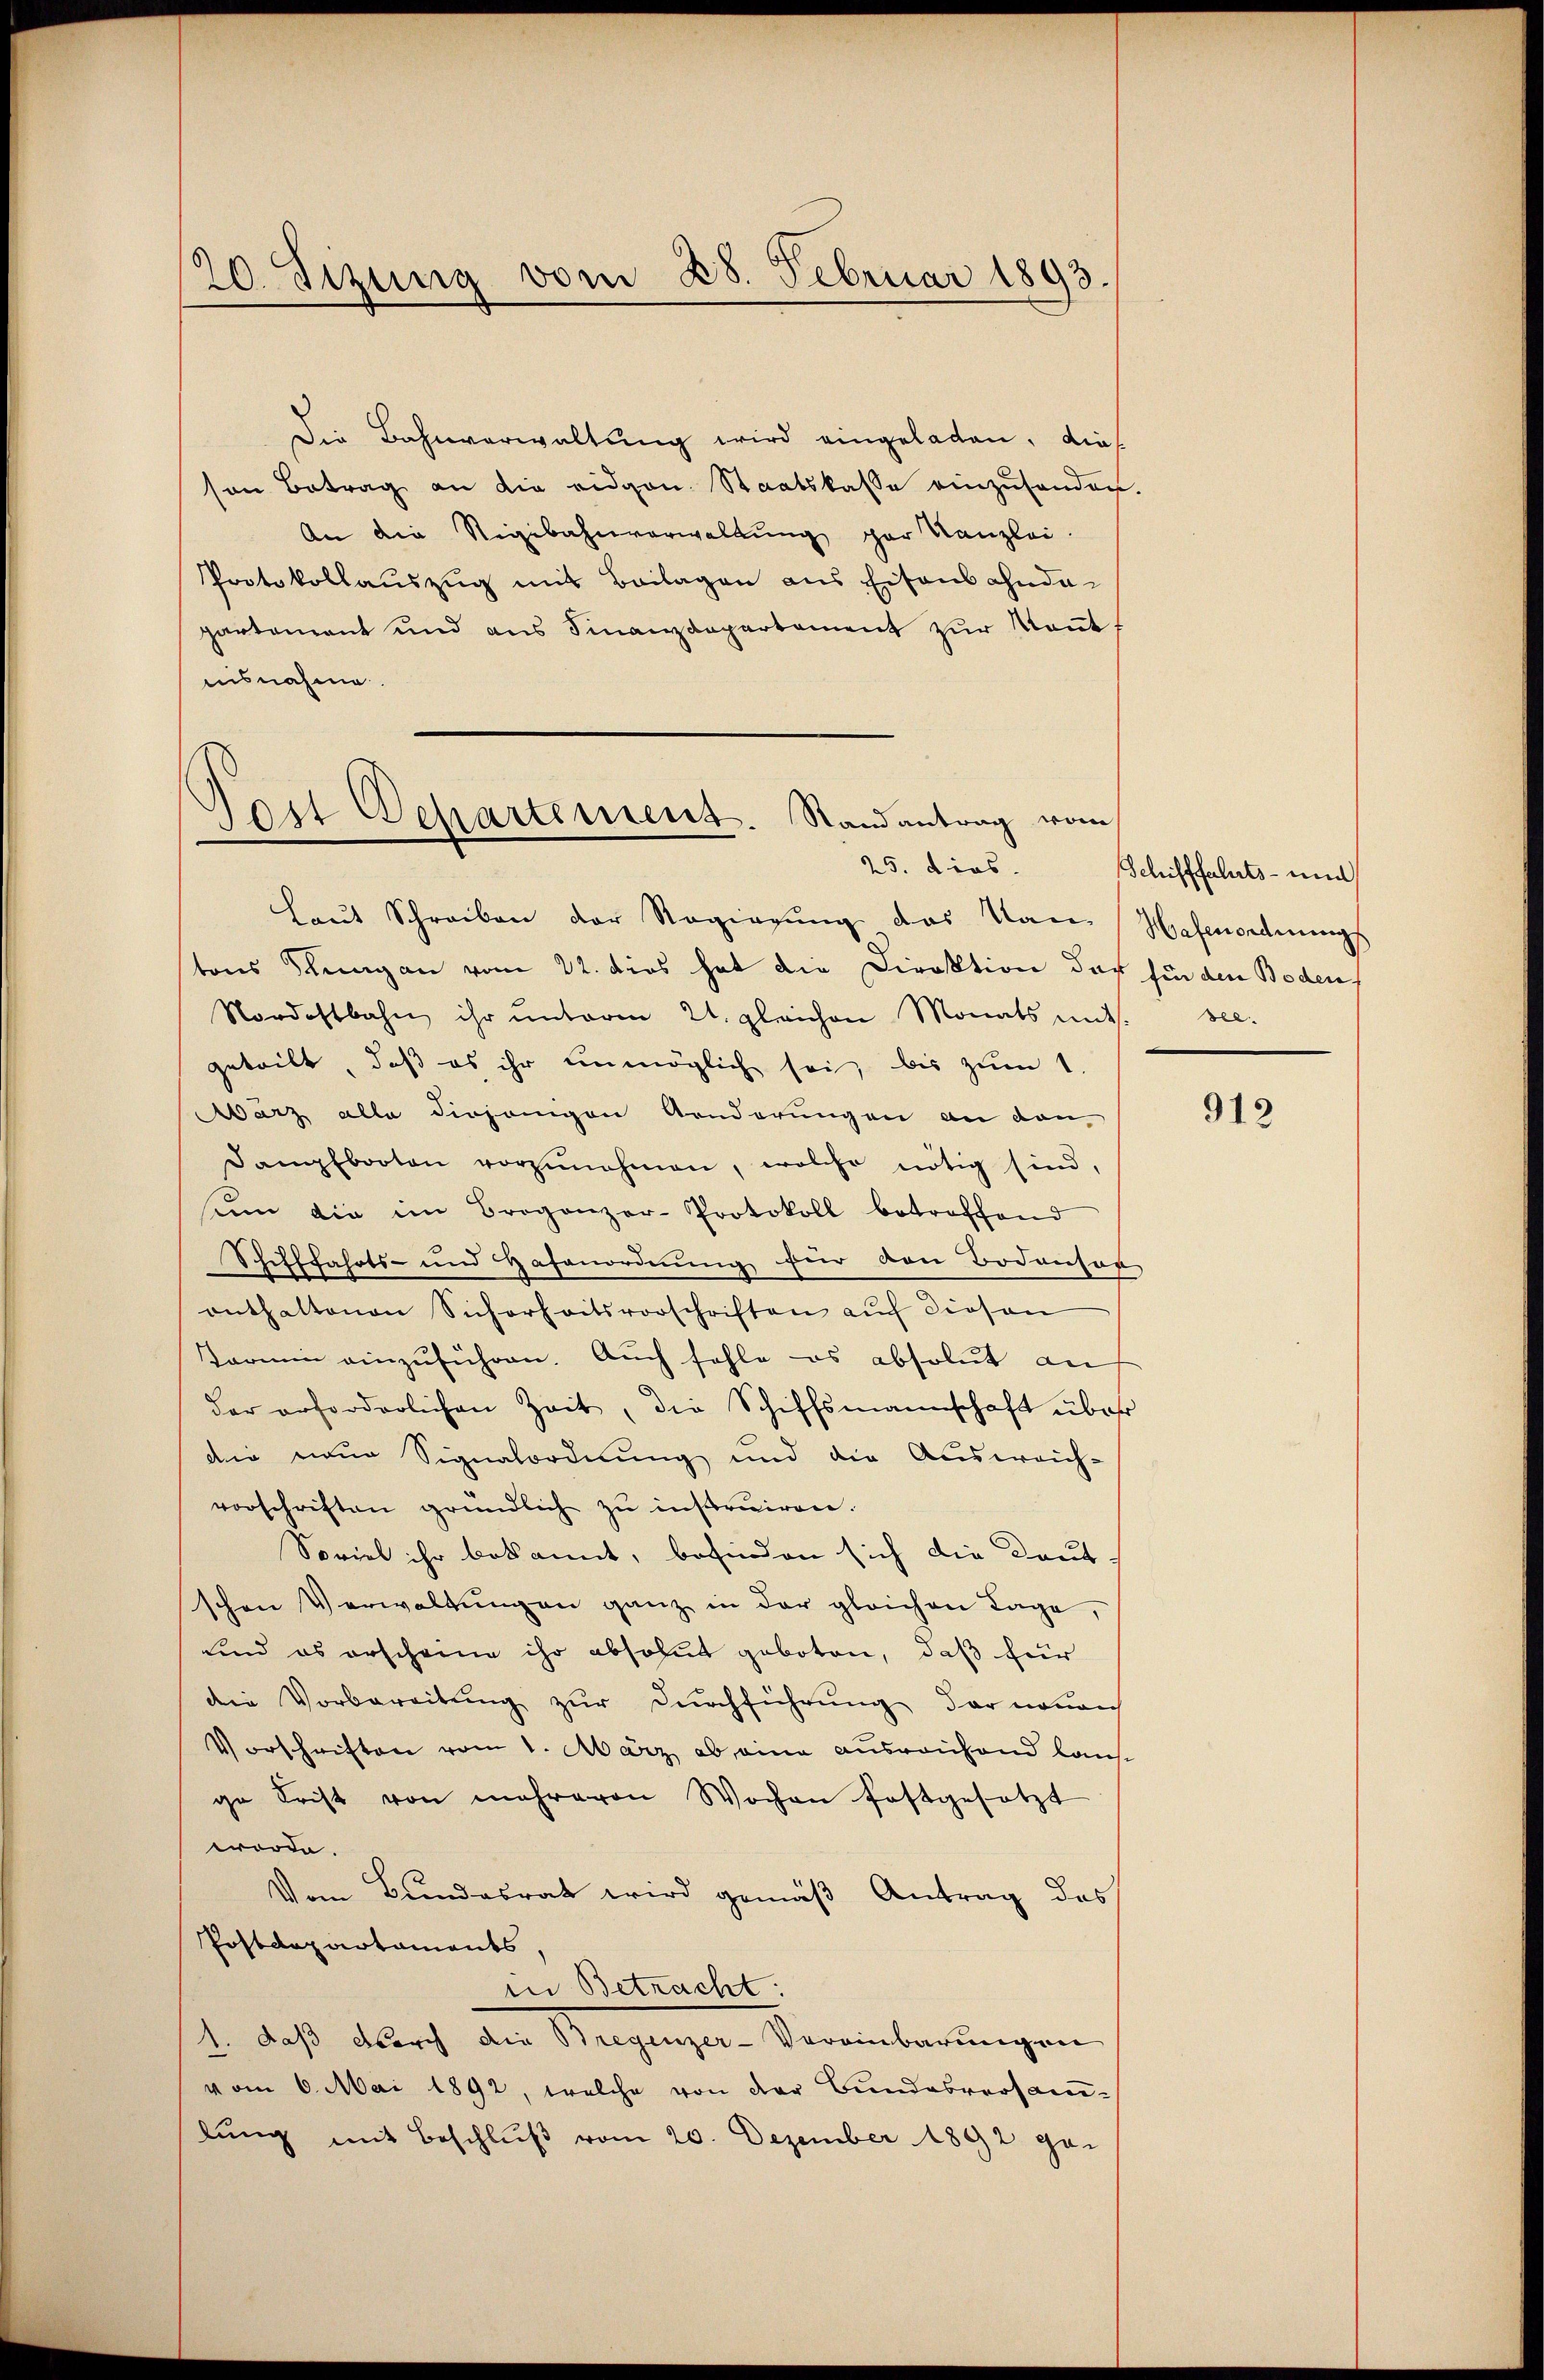
20. Sizung vom 28. Februar 1893.

Die Bahnverwaltung wird eingeladen, dies
son Betrag an die eidgen. Staatskasse einzusenden
An die Rigibahnverwaltung gar Kanzlei.
Protokollauszug mit Beilagen aus Eisens ahnda-
partament und ans Finanzdepartement zŭr Keṅt-
insnahme.
Laut Schreiben der Regierung das Kan-
tons Schwagen vom 22. dies hat die Direktion der fin den Boden-
Nordostbahn ihr ŭnterm 21. gleichen Monats mits. see-
geteilt, daß es ihr unmöglich sei, bis zum 1
März alle diejenigen Aenderungen an dan
Dampfbooten vorzŭnehmen, welche nötig sind,
sin die im Broganzer-Protokoll betroffend
Schifffahrts- und Hafenordnung für den Bodensor
enthaltenen Sicherheitsvorschriften auf diesen
tarmin einzuführen. Auch fehle es absolut an
der erforderlichen Zeit, die Schiffsmannschaft über
die neue Signalordnung und die Ausweich-
vorschriften gründlich zu instruiren.
Soviel ihr bekannt, befinden sich die Kaut-
schen Verwaltungen ganz in der gleichen Tage,
und es erscheine ihr absolut geboten, daß für
die Vorbereitung zur Durchführung der neuen
Vorschriften vom 1. März ab eine ausreichend lausge Frist von mehreren Wochen festgesetzt
worde.
Vom Bundesrat wird gemäβ Antrag des
Postdepartaments,
in Betracht:
1., daß durch der Riegenzer-Vereinbarungen
vom 6. Mai 1892, welche von der Bundesversamlung mit Beschlŭβ vom 20. Dezember 1892 ge-

Sert Departement. Randantrag vom
25. dies

Schifffahrts- und
Hafenordnungs

912